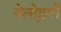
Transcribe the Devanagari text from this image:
वेलोड्रमों